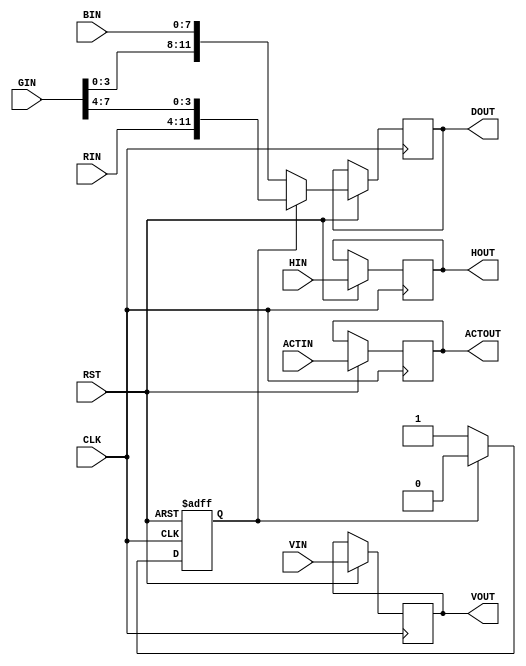
//`timescale 1ns / 1ps
//////////////////////////////////////////////////////////////////////////////////
// Company: 
// Engineer: 
// 
// Design Name: 
// Module Name:    pixel_sampler 
// Project Name: 
// Target Devices: 
// Tool versions: 
// Description: 
//
// Dependencies: 
//
// Revision: 
// Revision 0.01 - File Created
// Additional Comments: 
//
//////////////////////////////////////////////////////////////////////////////////
module pixel_sampler(CLK, RST, HIN, VIN, RIN, GIN, BIN, ACTIN, HOUT, VOUT, DOUT, ACTOUT);
	input CLK, RST, HIN, VIN, ACTIN;
	input [7:0] RIN, GIN, BIN;
	output HOUT, VOUT, ACTOUT;
	output [11:0] DOUT;
	reg HOUT, VOUT, ACTOUT;
	reg [11:0] DOUT;
	reg state;
	
	always @(posedge CLK or negedge RST) begin
		if(!RST) begin
			state <= 0;
		end
		else begin
			HOUT <= HIN;
			VOUT <= VIN;
			ACTOUT <= ACTIN;
			if(!state) begin
				DOUT <= {GIN[3:0],BIN};
				state <= 1'b1;
			end
			else begin
				DOUT <= {RIN,GIN[7:4]};
				state <= 1'b0;
			end
		end
	end

endmodule